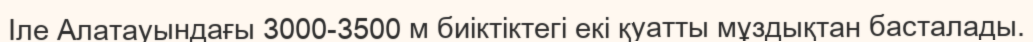
Іле Алатауындағы 3000-3500 м биіктіктегі екі қуатты мұздықтан басталады.